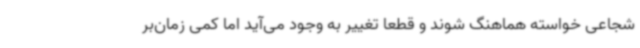
شجاعی خواسته هماهنگ شوند و قطعا تغییر به وجود می‌آید اما کمی زمان‌بر